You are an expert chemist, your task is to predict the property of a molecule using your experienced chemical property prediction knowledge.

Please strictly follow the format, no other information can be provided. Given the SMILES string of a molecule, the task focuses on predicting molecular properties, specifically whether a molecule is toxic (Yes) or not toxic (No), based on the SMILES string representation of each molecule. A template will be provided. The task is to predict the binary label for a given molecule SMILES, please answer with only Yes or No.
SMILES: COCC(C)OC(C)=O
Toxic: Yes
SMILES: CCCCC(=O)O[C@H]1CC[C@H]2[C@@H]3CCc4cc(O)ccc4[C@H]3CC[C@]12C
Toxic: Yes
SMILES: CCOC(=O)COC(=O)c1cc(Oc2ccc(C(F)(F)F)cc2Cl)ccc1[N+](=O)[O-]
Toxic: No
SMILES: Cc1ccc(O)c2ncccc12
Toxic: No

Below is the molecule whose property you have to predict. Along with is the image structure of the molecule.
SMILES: CC(C)[C@@H]1CC[C@@H](C)C[C@H]1O
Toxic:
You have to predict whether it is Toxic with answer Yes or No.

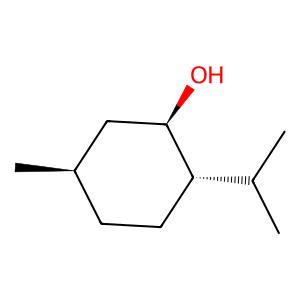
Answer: No